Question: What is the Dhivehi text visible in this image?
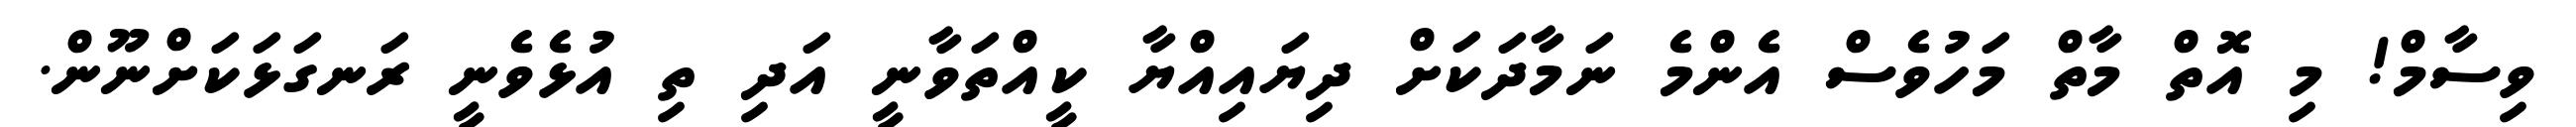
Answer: ވިސާމް! މި އޮތް މާތް މަހުވެސް އެންމެ ނަމާދަކަށް ދިޔައިއްޔާ ކީއްތަވާނީ އަދި ތި އުޅެވެނީ ރަނގަޅަކަށްނޫން.